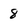
Character: 8